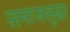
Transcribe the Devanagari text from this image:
समाजसुद्धा